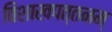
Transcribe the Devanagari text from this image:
विशाखपत्तनम्